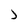
Character: J